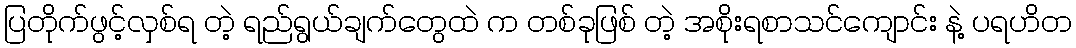
ပြတိုက်ဖွင့်လှစ်ရ တဲ့ ရည်ရွယ်ချက်တွေထဲ က တစ်ခုဖြစ် တဲ့ အစိုးရစာသင်ကျောင်း နဲ့ ပရဟိတ